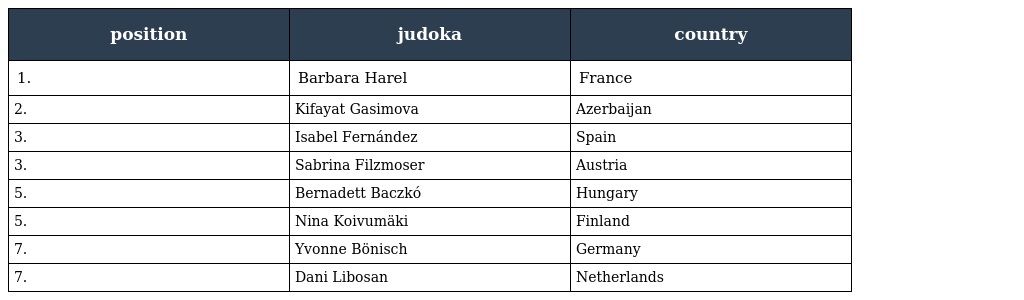
| position | judoka | country |
 | --- | --- | --- |
 | 1. | Barbara Harel | France |
 | 2. | Kifayat Gasimova | Azerbaijan |
 | 3. | Isabel Fernández | Spain |
 | 3. | Sabrina Filzmoser | Austria |
 | 5. | Bernadett Baczkó | Hungary |
 | 5. | Nina Koivumäki | Finland |
 | 7. | Yvonne Bönisch | Germany |
 | 7. | Dani Libosan | Netherlands |